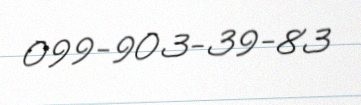
099-903-39-83